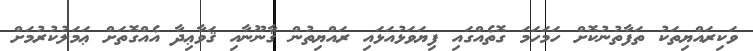
ވަކިރައްޔިތަކު ތަފާތުނުކޮށް ހަމަހަމަ ގޮތެއްގައި ފިޔަވަޅުއަޅައި ރައްޔިތުން ޤާނޫނާއި ޤަވާޢިދާ އެއްގޮތަށް ޢަމަލުކުރުމަށް